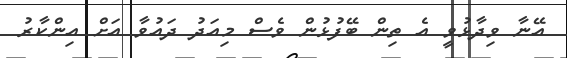
އޭނާ ވިދާޅުވީ އެ ތިން ބޭފުޅުން ވެސް މިއަދު ދައުވާ އަށް އިންކާރު